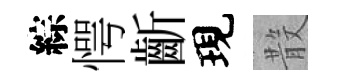
綜愕齗現𣪚